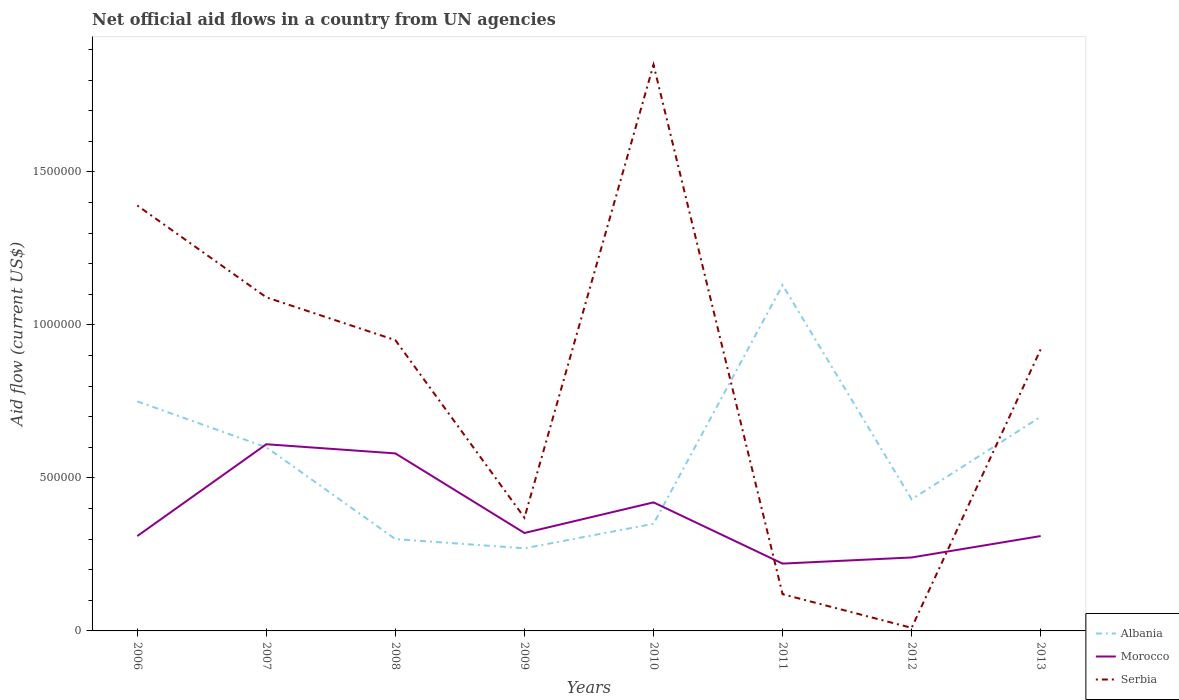
| Years | Albania | Morocco | Serbia |
 | --- | --- | --- | --- |
 | 2006 | 7.5e+05 | 3.1e+05 | 1.39e+06 |
 | 2007 | 6e+05 | 6.1e+05 | 1.09e+06 |
 | 2008 | 3e+05 | 5.8e+05 | 9.5e+05 |
 | 2009 | 2.7e+05 | 3.2e+05 | 3.7e+05 |
 | 2010 | 3.5e+05 | 4.2e+05 | 1.85e+06 |
 | 2011 | 1.13e+06 | 2.2e+05 | 1.2e+05 |
 | 2012 | 4.3e+05 | 2.4e+05 | 1e+04 |
 | 2013 | 7e+05 | 3.1e+05 | 9.2e+05 |